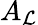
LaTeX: A_{\mathcal{L}}